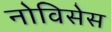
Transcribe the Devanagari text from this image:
नोविसेस